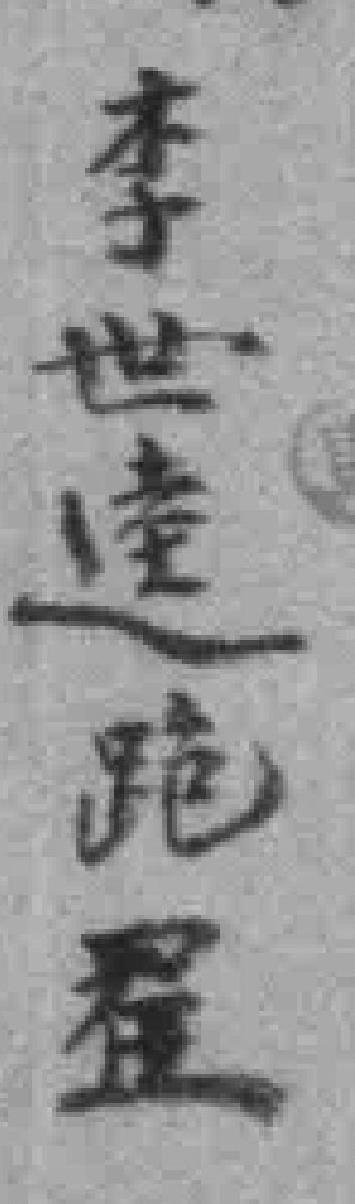
李世逵跪呈